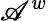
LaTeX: \mathscr{A}^{w}